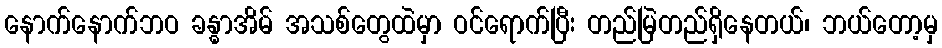
နောက်နောက်ဘဝ ခန္ဓာအိမ် အသစ်တွေထဲမှာ ဝင်ရောက်ပြီး တည်မြဲတည်ရှိနေတယ်၊ ဘယ်တော့မှ